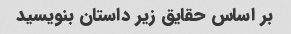
بر اساس حقایق زیر داستان بنویسید